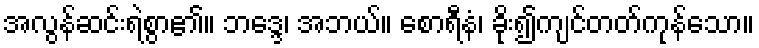
အလွန်ဆင်းရဲစွာ၏။ ဘဒ္ဒေ၊ အဘယ်။ စောရီနံ၊ ခိုး၍ကျင်တတ်ကုန်သော။